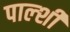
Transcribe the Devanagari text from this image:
पाल्शी